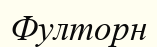
Фулторн